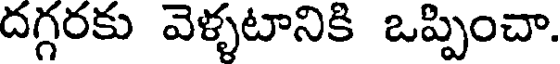
దగ్గరకు వెళ్ళటానికి ఒప్పించా.